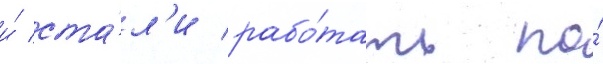
и́ ста́л'и рабо́тать по́